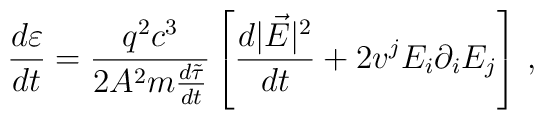
\frac{d\varepsilon}{dt}=\frac{q^{2}c^{3}}{2A^{2}m{\frac{d\tilde\tau}{dt}}}\left[\frac{d|\vec{E}|^{2}}{dt}+2v^{j}E_{i}\partial_{i}E_{j}\right]\,{,}